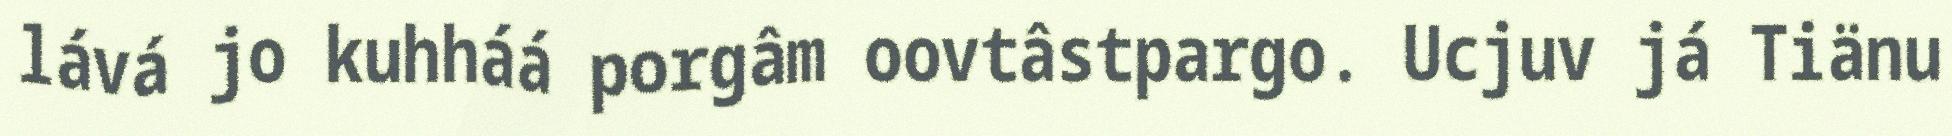
lává jo kuhháá porgâm oovtâstpargo. Ucjuv já Tiänu